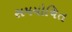
સમયોચિત